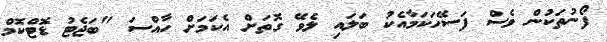
ފޯނުތަކުން ވެސް ފަސޭހަކަމާއެކު ބަލައި ލެވޭ ގޮތަށް އެކަމަށް ހާއްސަ "ބަޖެޓު ޑޮޓްކޮމް